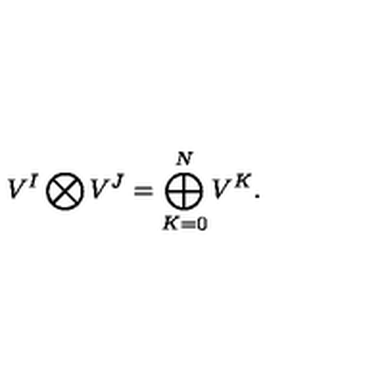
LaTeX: V ^ { I } \bigotimes V ^ { J } = \bigoplus _ { K = 0 } ^ { N } V ^ { K } .